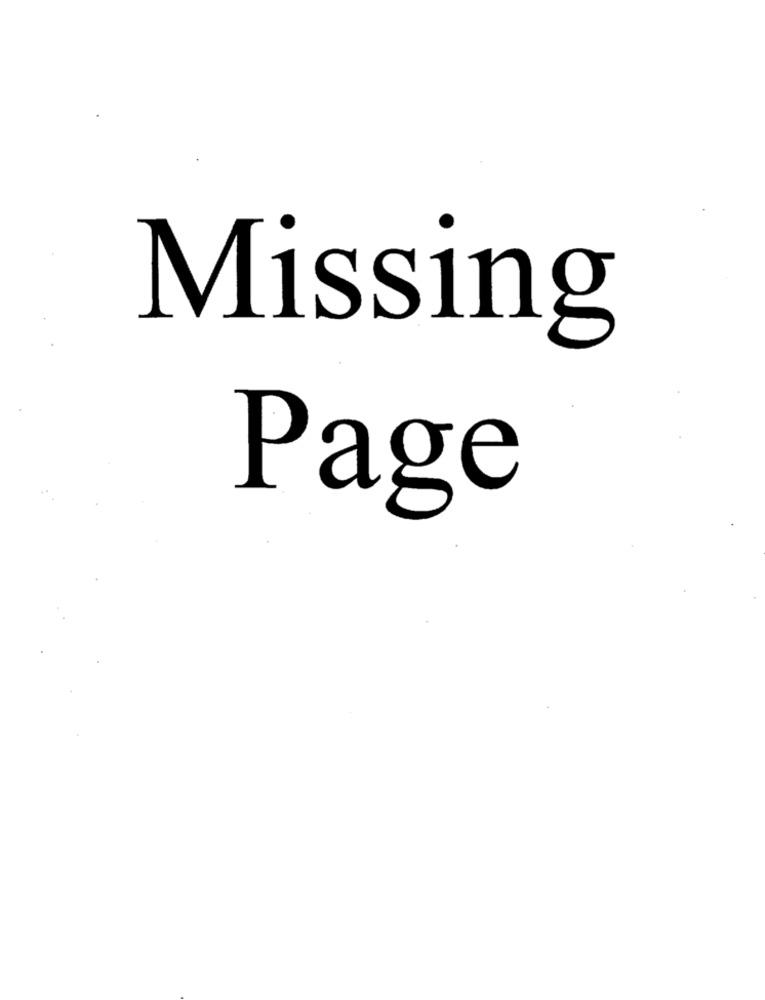
Missing
Page